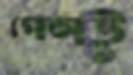
পেল্টু